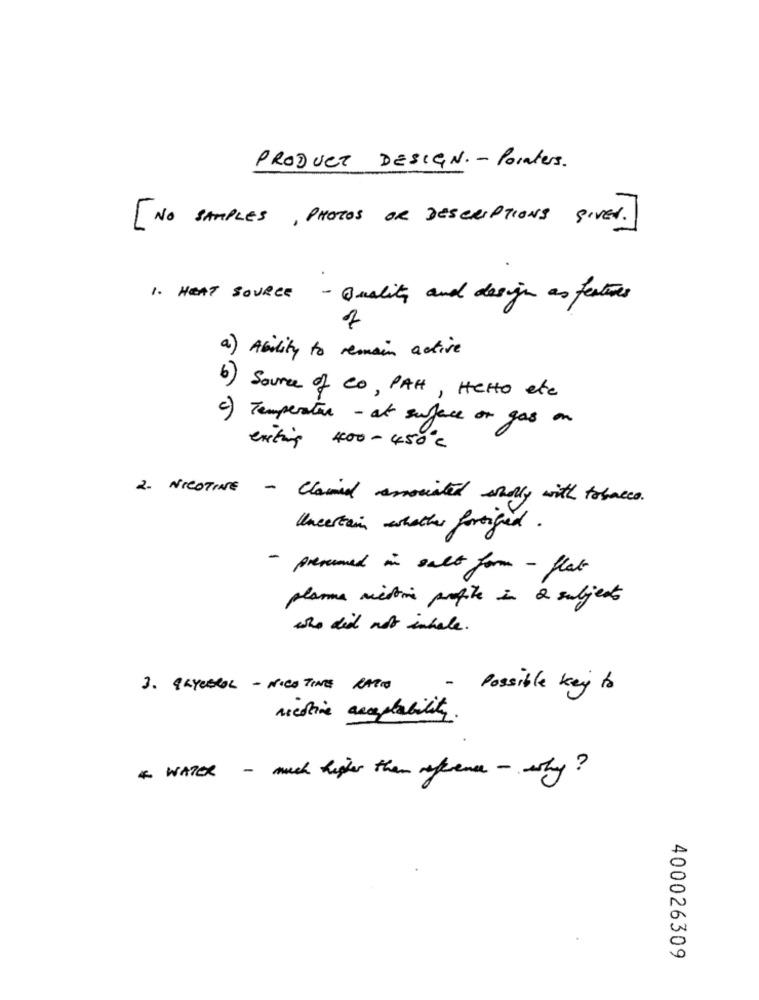
PRODUCT DESIGN. - Pointers.
[NO SAMPLES, PHOTOS OR DESCRIPTIONS GIVEN.
1. HEAT SOURCE - Quality and design as features
of
a) Ability to remain active
b) Source of Co, PAH, Helto ete
c) Temperatur - at surface or gas on
exiting 400- 450℃
2. NICOTINE - Claimed associated willy with tobacco.
Uncertain whether fortiged.
presumed in salt form - flat
planne miestive profite in 2 subjects
who did not inhale.
3 . GLYCEROL - NICOTINE RATIO
- Possible key to
mesine acceptability.
* WATER
- much higher than reference - why ?
400026309